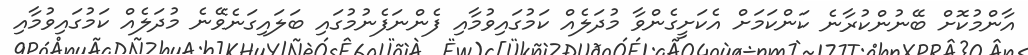
އާންމުކޮށް ބޭނުންކުރާނެ ކަންކަމަށް އެކަށީގެންވާ މުދަލެއް ކަމުގައިވުމާއި ފެންނަފެނުމުގައި ބަލައިގަނެވޭނެ މުދަލެއް ކަމުގައިވުމާއި